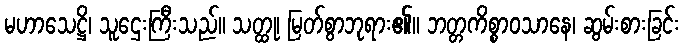
မဟာသေဋ္ဌိ၊ သူဌေးကြီးသည်။ သတ္ထု၊ မြတ်စွာဘုရား၏။ ဘတ္တကိစ္စာဝသာနေ၊ ဆွမ်းစားခြင်း